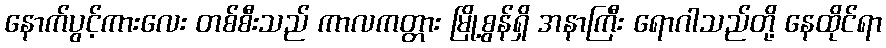
နောက်ပွင့်ကားလေး တစ်စီးသည် ကာလကတ္တား မြို့စွန်ရှိ အနာကြီး ရောဂါသည်တို့ နေထိုင်ရာ